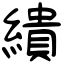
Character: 繢